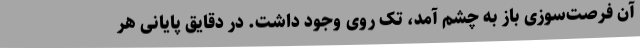
آن فرصت‌سوزی باز به چشم آمد، تک روی وجود داشت. در دقایق پایانی هر